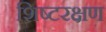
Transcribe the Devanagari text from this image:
शिष्टरक्षण